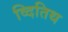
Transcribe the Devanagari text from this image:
व्दितिथ